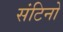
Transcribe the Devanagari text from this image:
संटिनो